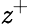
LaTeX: \mathit{z}^{+}